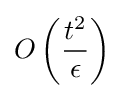
O\left({\frac {t^{2}}{\epsilon }}\right)